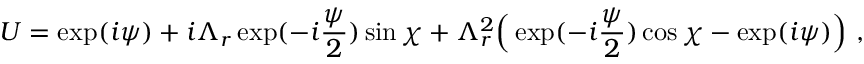
U = \exp ( i \psi ) + i \Lambda _ { r } \exp ( - i \frac { \psi } { 2 } ) \sin \chi + \Lambda _ { r } ^ { 2 } \Bigr ( \exp ( - i \frac { \psi } { 2 } ) \cos \chi - \exp ( i \psi ) \Bigr ) \ ,